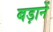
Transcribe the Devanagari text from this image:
बड़ानें